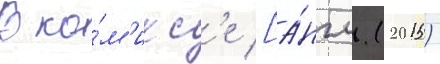
В ко́м'икс'е [а́нгл. (2015)